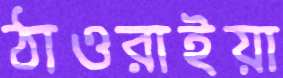
ঠাওরাইয়া